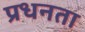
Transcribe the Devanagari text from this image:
प्रधनता